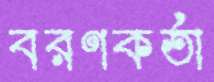
বরণকর্তা